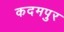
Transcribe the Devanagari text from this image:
कदमपुर